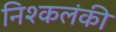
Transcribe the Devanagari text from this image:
निश्कलंकी